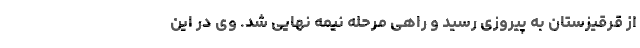
از قرقیزستان به پیروزی رسید و راهی مرحله نیمه نهایی شد. وی در این